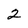
Character: 2